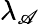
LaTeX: \lambda_{\mathscr{A}}